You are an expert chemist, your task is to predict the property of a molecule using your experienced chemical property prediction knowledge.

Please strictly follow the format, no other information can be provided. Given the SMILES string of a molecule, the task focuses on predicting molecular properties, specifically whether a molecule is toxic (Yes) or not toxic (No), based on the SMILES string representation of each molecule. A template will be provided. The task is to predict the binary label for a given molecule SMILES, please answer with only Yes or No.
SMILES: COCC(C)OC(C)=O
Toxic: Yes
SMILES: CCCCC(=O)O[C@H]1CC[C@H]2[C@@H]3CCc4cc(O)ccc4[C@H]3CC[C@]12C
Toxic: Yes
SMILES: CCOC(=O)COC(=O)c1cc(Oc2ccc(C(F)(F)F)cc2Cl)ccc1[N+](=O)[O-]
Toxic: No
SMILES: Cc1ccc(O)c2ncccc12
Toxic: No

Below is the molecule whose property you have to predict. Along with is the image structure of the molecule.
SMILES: C[C@]12CC[C@@H]3c4ccc(O)cc4CC[C@H]3[C@@H]1CC[C@@H]2O
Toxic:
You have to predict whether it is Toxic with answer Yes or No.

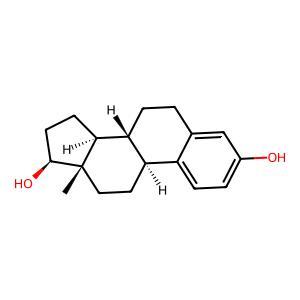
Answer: Yes